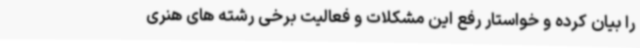
را بیان کرده و خواستار رفع این مشکلات و فعالیت برخی رشته های هنری